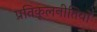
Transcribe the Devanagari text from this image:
प्रतिकूलनीतियों